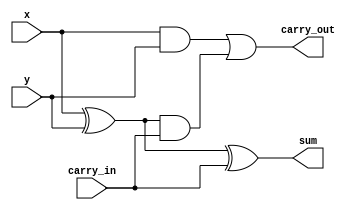
module full_adder(output sum, 
				  output carry_out, 
				  input x, 
				  input y, 
				  input carry_in);
				
wire prop, gen, pr_cin;

xor x1(prop,x,y);
xor x2(sum,prop,carry_in);

and a1(pr_cin, prop, carry_in);
and a2(gen, x, y);
or o1(carry_out, gen, pr_cin);

endmodule